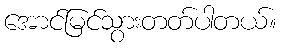
အောင်မြင်သွားတတ်ပါတယ်။